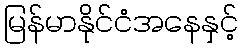
မြန်မာနိုင်ငံအနေနှင့်